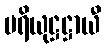
ပရိယုဋ္ဌဋ္ဌာယီ